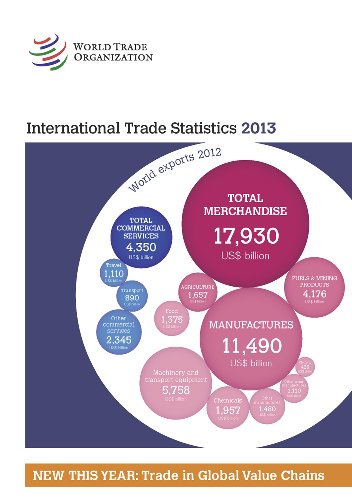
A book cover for International Trade Statistics 2013; World Trade Organization WTO; Business & Money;